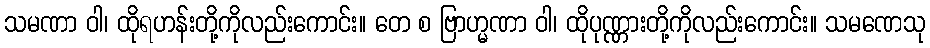
သမဏာ ဝါ၊ ထိုရဟန်းတို့ကိုလည်းကောင်း။ တေ စ ဗြာဟ္မဏာ ဝါ၊ ထိုပုဏ္ဏားတို့ကိုလည်းကောင်း။ သမဏေသု